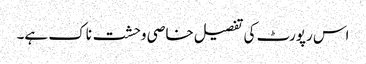
اس رپورٹ کی تفصیل خاصی وحشت ناک ہے۔